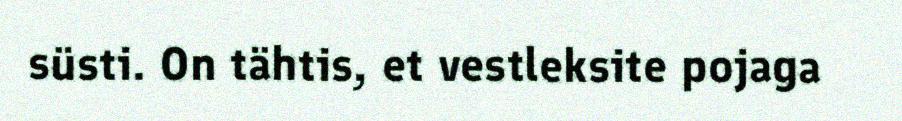
süsti. On tähtis, et vestleksite pojaga